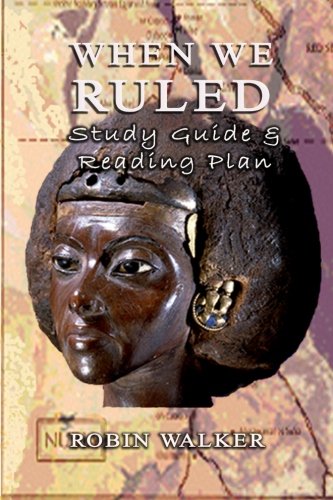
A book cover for When We Ruled Study Guide & Reading Plan; Robin Walker; Reference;